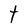
Character: t